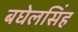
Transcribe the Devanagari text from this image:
बघेलसिंह